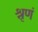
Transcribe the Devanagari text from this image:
श्रृणं